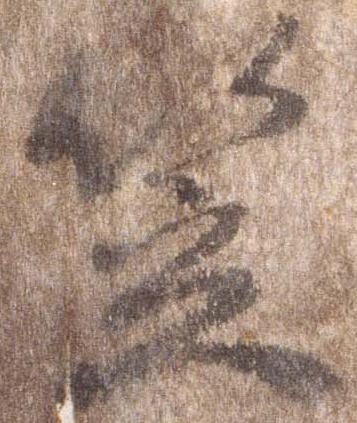
笠